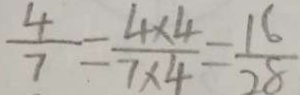
\frac { 4 } { 7 } = \frac { 4 \times 4 } { 7 \times 4 } = \frac { 1 6 } { 2 8 }